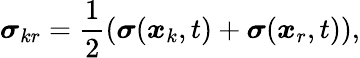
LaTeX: \boldsymbol{\sigma}_{kr}=\frac{1}{2}\left(\boldsymbol{\sigma}(\boldsymbol{x}_{k},t)+\boldsymbol{\sigma}(\boldsymbol{x}_{r},t)\right),